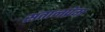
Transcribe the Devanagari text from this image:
संतानप्रेम